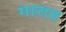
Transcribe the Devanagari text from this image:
गारात